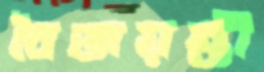
বৈজয়ন্তী